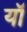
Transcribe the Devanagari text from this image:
यॉ